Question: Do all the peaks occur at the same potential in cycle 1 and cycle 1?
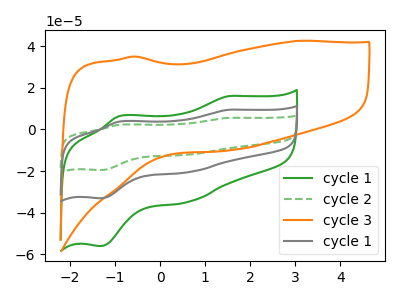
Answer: <think>The green curve "cycle 1" has anodic peaks at (1.55V, 16.05uA) (-0.90V, 6.40uA) and cathodic peaks at (0.65V, -34.70uA) (-1.35V, -56.00uA). The green dashed curve "cycle 2" has anodic peaks at (1.55V, 18.95uA) (-0.90V, 7.60uA) and cathodic peaks at (0.65V, -40.95uA) (-1.35V, -66.10uA). The orange curve "cycle 3" has no peaks. The gray curve "cycle 1" has anodic peaks at (1.55V, 9.45uA) (-0.90V, 3.80uA) and cathodic peaks at (0.65V, -20.45uA) (-1.35V, -33.05uA).</think>
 <answer>Yes, "cycle 1" have a peak in "cycle 1" at the same potential.</answer>
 <eval>match</eval>